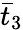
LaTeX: {{\bar{t}}_{3}}